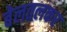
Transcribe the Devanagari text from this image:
बेलतलकर